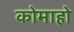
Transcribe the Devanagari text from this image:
कोमाहो